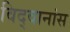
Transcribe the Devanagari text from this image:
विद्वानांस